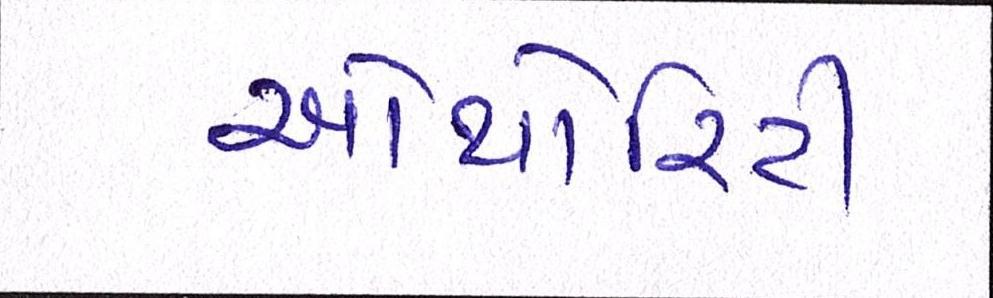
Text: ઓથોરિટી